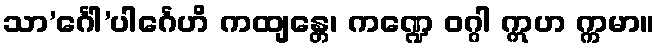
သာ’င်္ဂေါ’ပါင်္ဂေဟိ ကထျန္တေ၊ ကဏ္ဍေ ဝဂ္ဂါ ဣဟ က္ကမာ။